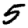
Digit: 5